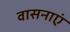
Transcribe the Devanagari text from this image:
वासनाएं